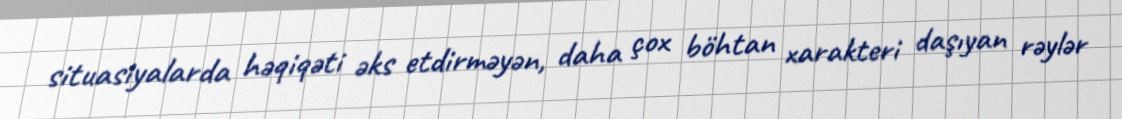
situasiyalarda həqiqəti əks etdirməyən, daha çox böhtan xarakteri daşıyan rəylər